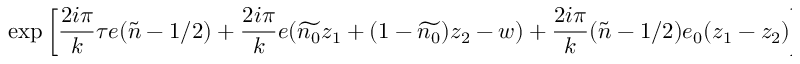
\mathrm { e x p } \left[ \frac { 2 i \pi } { k } \tau e ( \tilde { n } - 1 / 2 ) + \frac { 2 i \pi } { k } e ( \widetilde { n _ { 0 } } z _ { 1 } + ( 1 - \widetilde { n _ { 0 } } ) z _ { 2 } - w ) + \frac { 2 i \pi } { k } ( \tilde { n } - 1 / 2 ) e _ { 0 } ( z _ { 1 } - z _ { 2 } ) \right] d w